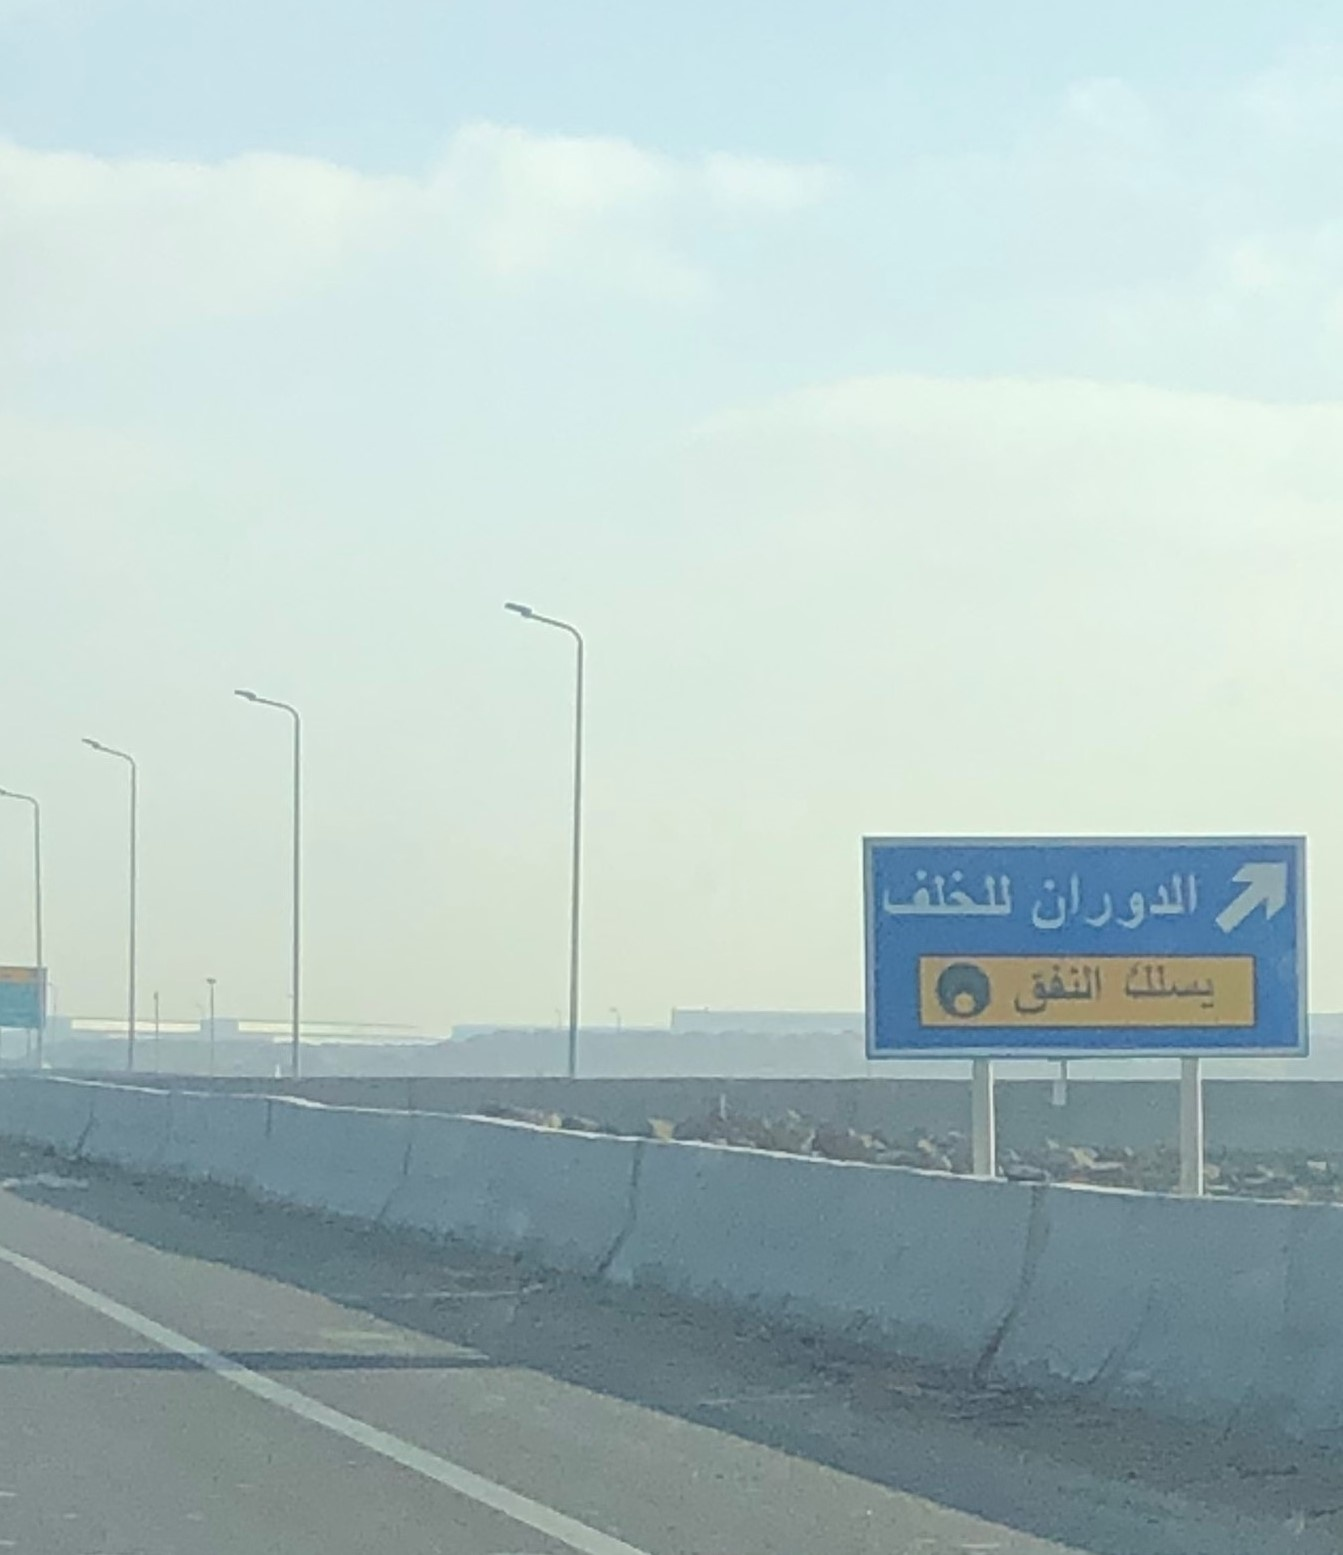
Text in image: للخلف الدوران يسلك النفق